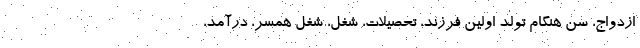
ازدواج، سن هنگام تولد اولین فرزند، تحصیلات، شغل، شغل همسر، درآمد،